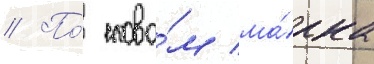
// По́ слова́м ма́рка